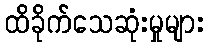
ထိခိုက်သေဆုံးမှုများ